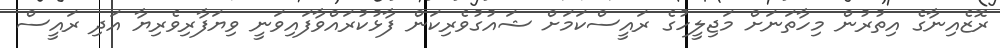
ރޮޒެއިނާގެ އިތުރުން މިހާތަނަށް މަޖިލީހުގެ ރައީސްކަމަށް ޝައުގުވެރިކަން ފާޅުކުރައްވާފައިވަނީ ވިޔަފާރިވެރިޔާ އަދި ރައީސް